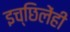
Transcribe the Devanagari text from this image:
इच्छिलेंही